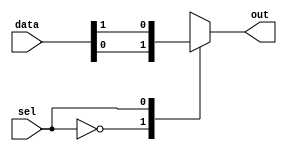
module mux_2_to_1 (
    input [1:0] data,
    input sel,
    output reg out
);

always @(*) begin
    case(sel)
        0: out = data[0];
        1: out = data[1];
    endcase
end

endmodule